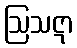
ဩသဋာ